Civil Veterinary Dept. Assam report 1927-50 - 1927-1950
Year: 1927
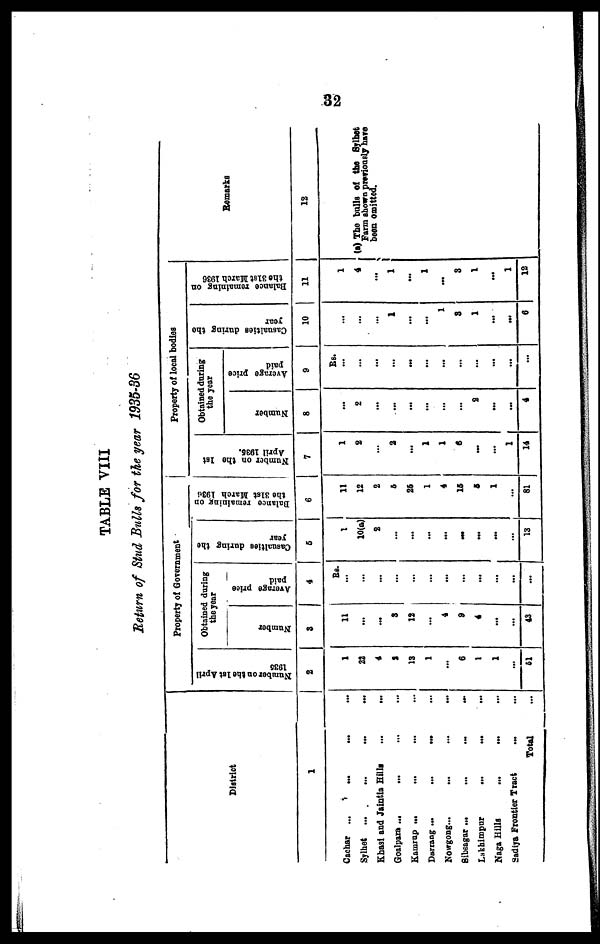
32
TABLE VIII
Return of Stud Bulls for the year 1935-36
District
1
Cachar ...
...
...
...
Sylhet
... ... ... ...
Khasi and Jaintia Hills
...
...
Goalpara ... ... ...
Kamrap ...
. ... ...
Darrang ...
...
...
...
Nowgong...
...
...
...
Sibsagar ...
...
...
...
Lakhimpur
...
... ...
Naga Hills ... ... ...
Sadiya Frontier Tract ... ...
Total ...
Property of Government
Number on the lst April
1935
2
1
22
4
8
13
1
...
6
1
1
...
61
Obtained during
the year
Number
3
11
...
...
3
12
...
4
9
4
...
...
43
Average price
paid
4
Rs.
...
...
...
...
...
...
...
...
...
...
...
...
Casualties during the
year
5
1
10(a)
2
...
...
...
...
...
...
...
...
13
Balance remaining on
the 31st March 1936
6
11
12
2
6
26
1
4
15
6
1
...
81
Property of local bodies
Number on the 1st
April 1936.
7
1
2
...
2
...
1
1
6
...
...
1
14
Obtained during
the year
Number
8
...
2
...
...
...
...
...
...
2
...
...
4
Average price
paid
9
Rs.
...
...
...
...
...
...
...
...
...
...
...
...
Casualties during the
year
10
...
...
...
1
...
...
1
3
1
...
...
6
Balance remaining on
the 31st March 1936
11
1
4
...
1
...
1
...
3
1
...
1
12
Remarks
12
(a) The bulls of the Sylhet
Farm shown previously hare
been omitted.